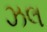
ઝલ